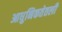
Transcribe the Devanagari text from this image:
आधुनिकतेतली